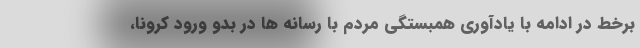
برخط در ادامه با یادآوری همبستگی مردم با رسانه ها در بدو ورود کرونا،